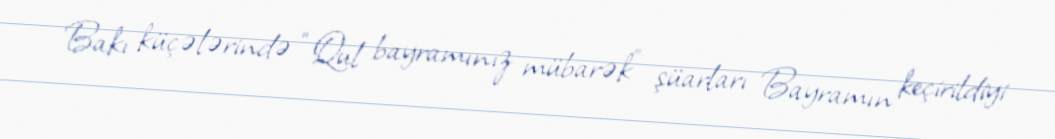
Bakı küçələrində “Qul bayramınız mübarək” şüarları Bayramın keçirildiyi